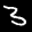
Label: 3